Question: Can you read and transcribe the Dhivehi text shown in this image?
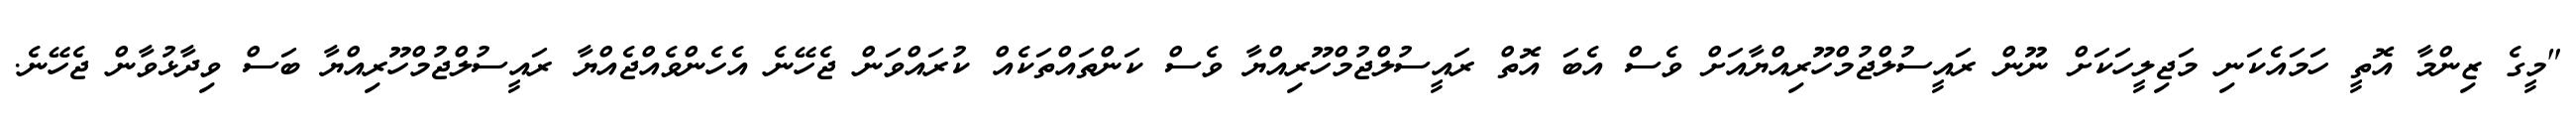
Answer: "މީގެ ޒިންމާ އޮތީ ހަމައެކަނި މަޖިލީހަކަށް ނޫން ރައީސުލްޖުމްހޫރިއްޔާއަށް ވެސް އެބަ އޮތް ރައީސުލްޖުމްހޫރިއްޔާ ވެސް ކަންތައްތަކެއް ކުރައްވަން ޖެހޭނެ އެހެންވެއްޖެއްޔާ ރައީސުލްޖުމްހޫރިއްޔާ ބަސް ވިދާޅުވާން ޖެހޭނެ.